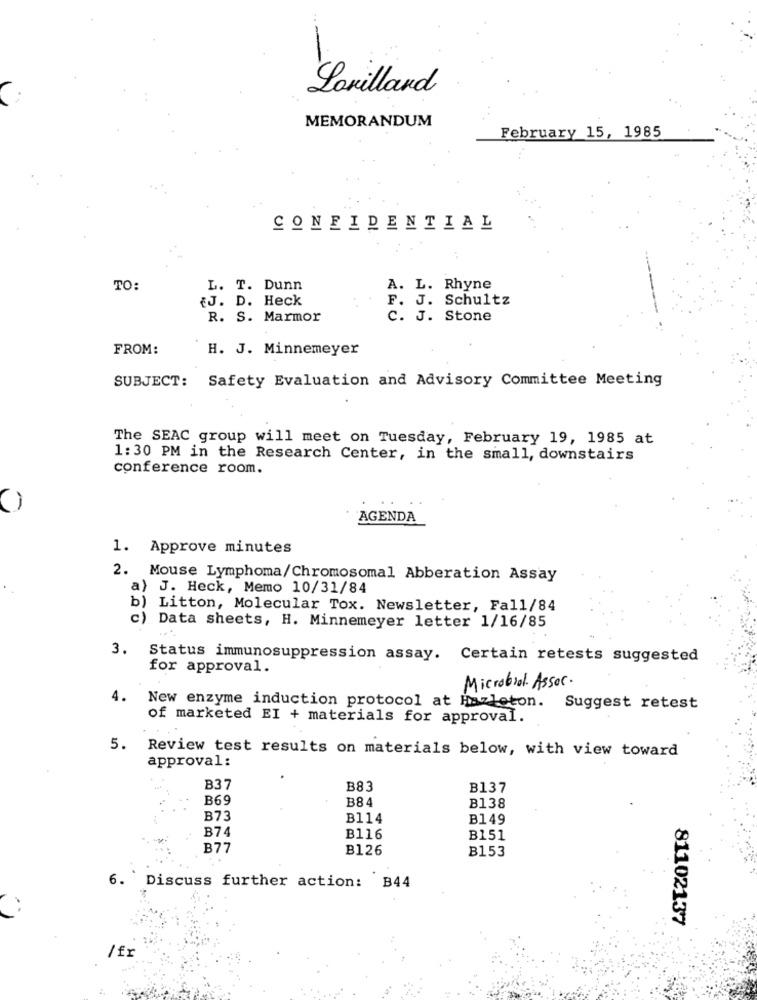
Lonillard
MEMORANDUM
February 15, 1985
CONFIDENTIAL
TO:
L. T. Dunn
A. L. Rhyne
{J. D. Heck
F. J. Schultz
--
R. S. Marmor
C. J. Stone
FROM:
H. J. Minnemeyer
SUBJECT: Safety Evaluation and Advisory Committee Meeting
The SEAC group will meet on Tuesday, February 19, 1985 at
1:30 PM in the Research Center, in the small, downstairs
conference room.
AGENDA
1. Approve minutes
2. Mouse Lymphoma/Chromosomal Abberation Assay
a) J. Heck, Memo 10/31/84
b) Litton, Molecular Tox. Newsletter, Fall/84
c)
Data sheets, H. Minnemeyer letter 1/16/85
3.
Status immunosuppression assay. Certain retests suggested
for approval.
Microbial. Assoc.
4.
New enzyme induction protocol at Hazleton. Suggest retest
of marketed EI + materials for approval.
5.
Review test results on materials below, with view toward
approval:
B37
B83
B137
B69
B84
B138
B73
B114
B149
B74
B116
B151
B77
B126
B153
6. Discuss further action: B44
81102137
/fr